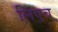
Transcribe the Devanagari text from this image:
लिएब